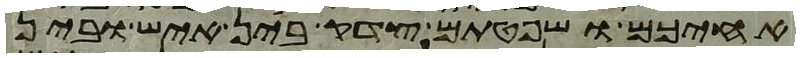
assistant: אחיכם ושפטתם צדק בין איש ובין